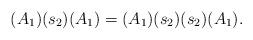
LaTeX: \begin{align*} (A_1)(s_2)(A_1)=(A_1)(s_2)(s_2)(A_1). \end{align*}